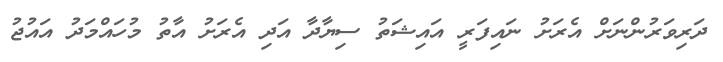
ދަރިވަރުންނަށް އެރަށު ނައިފަރީ އައިޝަތު ސިޔާދާ އަދި އެރަށު އާތު މުހައްމަދު އައުޖު